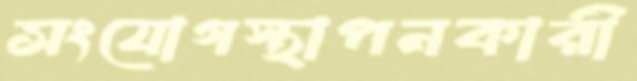
সংযোগস্থাপনকারী